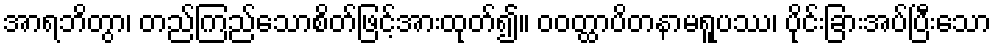
အာရဘိတွာ၊ တည်ကြည်သောစိတ်ဖြင့်အားထုတ်၍။ ဝဝတ္ထာပိတနာမရူပဿ၊ ပိုင်းခြားအပ်ပြီးသော